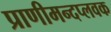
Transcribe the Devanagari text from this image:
प्राणीमन्दप्लवक